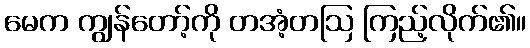
မေက ကျွန်တော့်ကို တအံ့တဩ ကြည့်လိုက်၏။